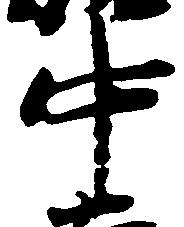
中